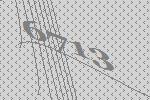
6713